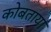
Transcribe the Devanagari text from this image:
कोबताया